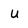
Character: U